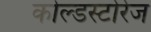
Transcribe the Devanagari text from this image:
कोल्डस्टोरेज